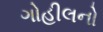
ગોહીલનો